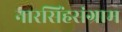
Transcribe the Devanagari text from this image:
नारसिंहसंग्राम